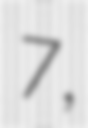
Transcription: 7,